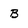
Character: B